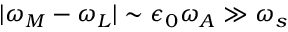
\lvert \omega _ { M } - \omega _ { L } \rvert \sim \epsilon _ { 0 } \omega _ { A } \gg \omega _ { s }